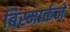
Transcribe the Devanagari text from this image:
बिस्मार्कने